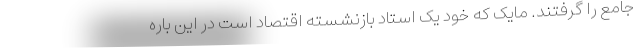
جامع را گرفتند. مایک که خود یک استاد بازنشسته اقتصاد است در این باره